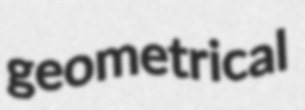
geometrical